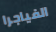
الفياجرا